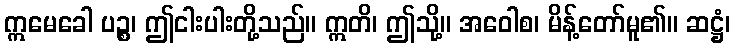
ဣမေခေါ ပဉ္စ၊ ဤငါးပါးတို့သည်။ ဣတိ၊ ဤသို့။ အဝေါစ၊ မိန့်တော်မူ၏။ ဆဋ္ဌံ၊